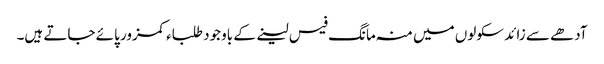
آدھے سے زائد سکولوں میں منہ مانگ فیس لینے کے باوجود طلباء کمزور پائے جاتے ہیں۔